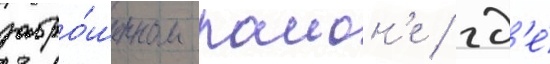
забро́шенном раион'е / гд'е́